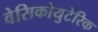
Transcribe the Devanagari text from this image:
वेसिकोयुटेरिक